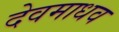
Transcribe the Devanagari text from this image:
देवमाधव